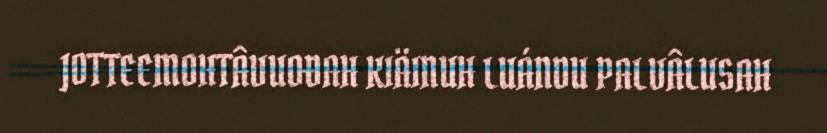
JOTTEEMOHTÂVUOĐAH KIÄINUH LUÁNDU PALVÂLUSAH